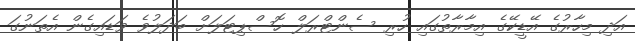
އަދި މިހާރުގެ އޭޑީކޭގެ އިމާރާތުގައި ހުރި ސެންޓްރަލް ހޮސްޕިޓަލަށް ބަދަލުވެ ވަޑައިގެން އެތަނުގަ